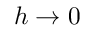
h \to 0